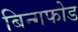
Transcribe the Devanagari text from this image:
बिन्गफोड